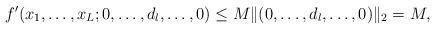
LaTeX: \begin{align*}f'(x_1,\ldots,x_L;0,\ldots,d_l,\ldots,0)\le M\|(0,\ldots,d_l,\ldots,0)\|_2=M,\end{align*}